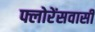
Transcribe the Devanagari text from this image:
फ्लोरेंसवासी